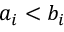
a _ { i } < b _ { i }